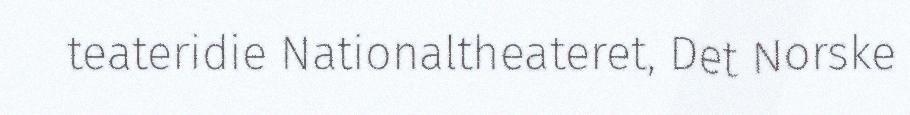
teateridie Nationaltheateret, Det Norske